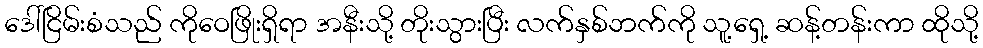
ဒေါ်ငြိမ်းစံသည် ကိုဝေဖြိုးရှိရာ အနီးသို့ တိုးသွားပြီး လက်နှစ်ဘက်ကို သူ့ရှေ့ ဆန့်တန်းကာ ထိုသို့